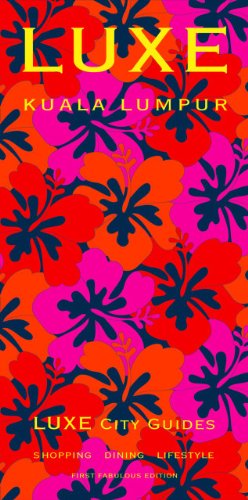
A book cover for LUXE Kuala Lumpur 1st Edition; LUXE City Guides; Travel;